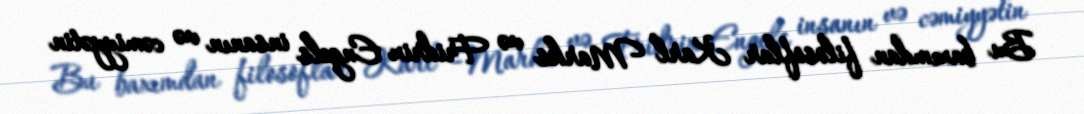
Bu baxımdan filosoflar Karl Marks və Fridrix Engels insanın və cəmiyyətin